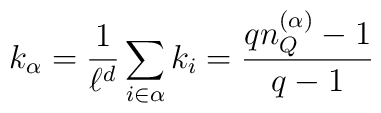
k_\alpha =\frac{1}{\ell^d}\sum_{i\in \alpha} k_i =  \frac{qn_Q^{(\alpha)}-1}{q-1}